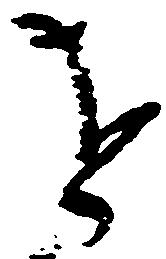
を